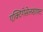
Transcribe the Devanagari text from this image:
एक्टिंगेसेलशाफ्ट